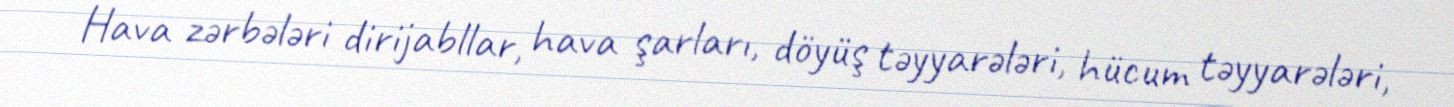
Hava zərbələri dirijabllar, hava şarları, döyüş təyyarələri, hücum təyyarələri,